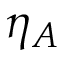
\eta _ { A }